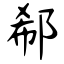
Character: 郗